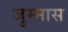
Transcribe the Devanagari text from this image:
जुम्मास